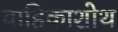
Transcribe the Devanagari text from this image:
वाहिकाशोथ